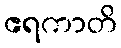
ဧရကာတိ